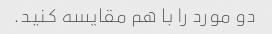
دو مورد را با هم مقایسه کنید.